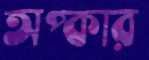
অপ্কার